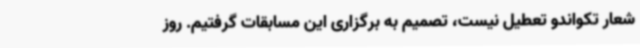
شعار تکواندو تعطیل نیست، تصمیم به برگزاری این مسابقات گرفتیم. روز